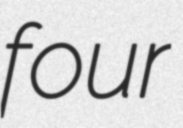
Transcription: four